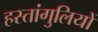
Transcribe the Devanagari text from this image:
हस्तांगुलियों